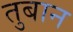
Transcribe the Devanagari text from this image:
तुबान